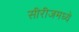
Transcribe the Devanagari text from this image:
सीरीजमध्ये